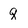
Character: q